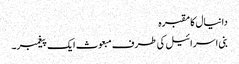
دانیال کا مقبرہ
بنی اسرائیل کی طرف مبعوث ایک پیغمبر۔